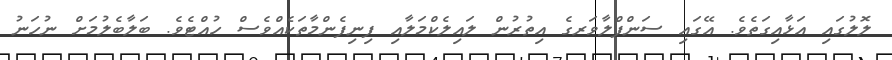
ލޮލުގައި އަޅާއިގަތެވެ. އޭގައި ސަންފްލާވަރގެ އިތުރުން ލައިލެކްމަލާއި ފިނިފެންމާތަކެއްވެސް ހުއްޓެވެ. ބަލާބެލުމަށް ނުހަނު